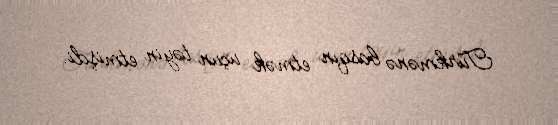
Türkmənə basqın etmək üçün təyin etmişdi.